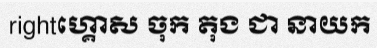
rightហ្គោស ចុក តុង ជា នាយក